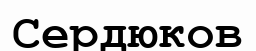
Сердюков